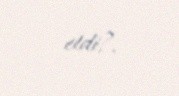
etdi?.